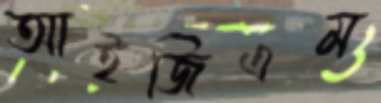
আইজিএম